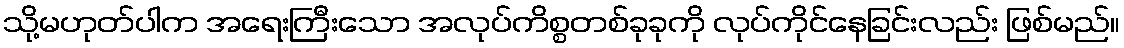
သို့မဟုတ်ပါက အရေးကြီးသော အလုပ်ကိစ္စတစ်ခုခုကို လုပ်ကိုင်နေခြင်းလည်း ဖြစ်မည်။